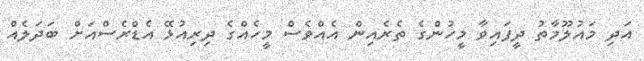
އަދި މައުލޫމާތު ދީފައިވާ މީހުންގެ ތެރެއިން އެއްވެސް މީހެއްގެ ދިރިއުޅޭ އެޑްރެސްއަށް ބަދަލެއް